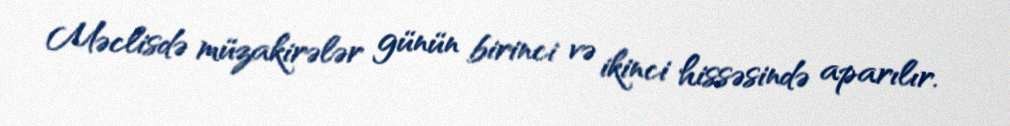
Məclisdə müzakirələr günün birinci və ikinci hissəsində aparılır.